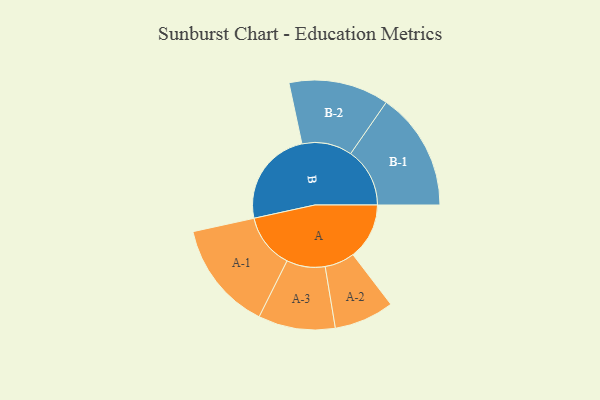
{"axis": {"x": "Segment", "y": "Value"}, "legend": ["", "A", "B"], "data": [{"x": "A", "y": 218, "type": ""}, {"x": "B", "y": 374, "type": ""}, {"x": "A-1", "y": 212, "type": "A"}, {"x": "A-2", "y": 116, "type": "A"}, {"x": "A-3", "y": 149, "type": "A"}, {"x": "B-1", "y": 229, "type": "B"}, {"x": "B-2", "y": 194, "type": "B"}]}